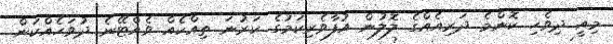
މިއީ ދިވެހި ކޮންމެ ދަރިއެއްގެ ލޮލުން އުފާވެރިކަމުގެ ކަރުނަ ތިއްކެއް ވެއްޓޭނެ ދުވަހެއްކަން